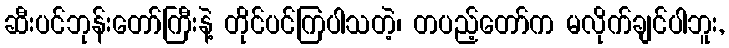
ဆီးပင်ဘုန်းတော်ကြီးနဲ့ တိုင်ပင်ကြပါသတဲ့၊ တပည့်တော်က မလိုက်ချင်ပါဘူး,